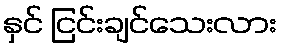
နှင် ငြင်းချင်သေးလား